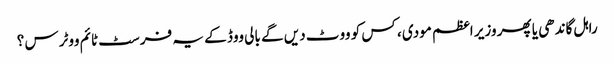
راہل گاندھی یا پھر وزیر اعظم مودی ، کس کو ووٹ دیں گے بالی ووڈ کے یہ فرسٹ ٹائم ووٹرس ؟